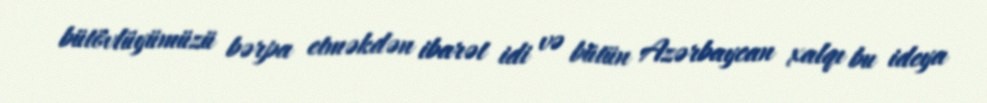
bütövlüyümüzü bərpa etməkdən ibarət idi və bütün Azərbaycan xalqı bu ideya